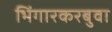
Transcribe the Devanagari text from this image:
भिंगारकरबुवा